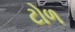
ટોળ